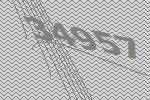
34957